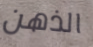
الذهن